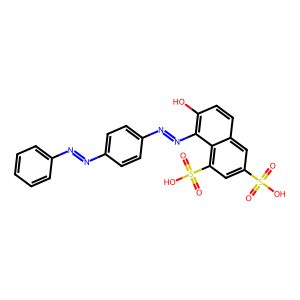
SMILES: O=S(=O)(O)c1cc(S(=O)(=O)O)c2c(N=Nc3ccc(N=Nc4ccccc4)cc3)c(O)ccc2c1
Inhibits HIV replication: No